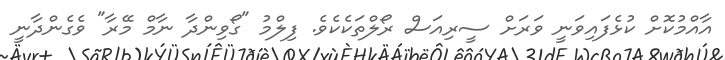
އާއްމުކޮށް ކުޅެފައިވަނީ ވަރަށް ސީރިއަސް ރޯލްތަކެކެވެ. ފިލްމު "ގޯވިންދާ ނާމް މޭރާ" ވެގެންދާނީ